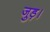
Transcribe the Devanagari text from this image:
जुड़।